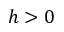
h > 0